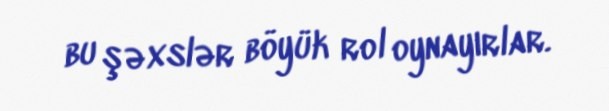
bu şəxslər böyük rol oynayırlar.